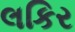
લકિર